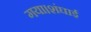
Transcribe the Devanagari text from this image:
गया।शंघाई